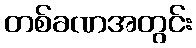
တစ်ခဏအတွင်း